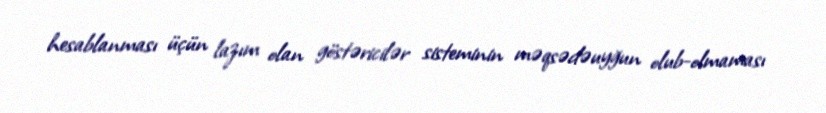
hesablanması üçün lazım olan göstəricilər sisteminin məqsədəuyğun olub-olmaması